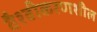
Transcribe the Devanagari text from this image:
वैश्वीकरणशील